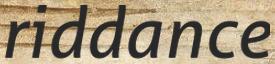
riddance